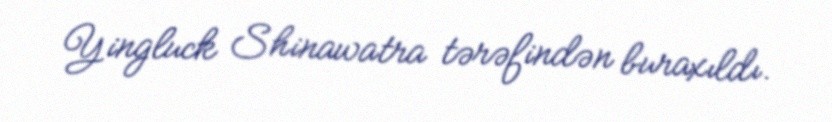
Yingluck Shinawatra tərəfindən buraxıldı.